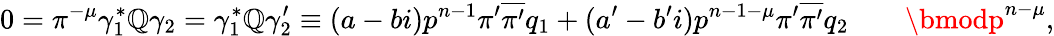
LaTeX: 0=\pi^{-\mu}\gamma_{1}^{*}\mathbb{Q}\gamma_{2}=\gamma_{1}^{*}\mathbb{Q}\gamma_{2}^{\prime}\equiv(a-bi)p^{n-1}\pi^{\prime}\overline{{{\pi^{\prime}}}}q_{1}+(a^{\prime}-b^{\prime}i)p^{n-1-\mu}\pi^{\prime}\overline{{{\pi^{\prime}}}}q_{2}\qquad\bmodp^{n-\mu},